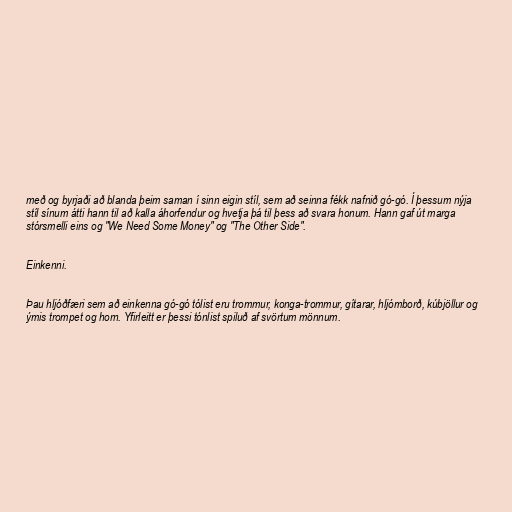
með og byrjaði að blanda þeim saman í sinn eigin stíl, sem að seinna fékk nafnið gó-gó. Í þessum nýja
stíl sínum átti hann til að kalla áhorfendur og hvetja þá til þess að svara honum. Hann gaf út marga
stórsmelli eins og "We Need Some Money" og "The Other Side".

Einkenni.

Þau hljóðfæri sem að einkenna gó-gó tólist eru trommur, konga-trommur, gítarar, hljómborð, kúbjöllur og
ýmis trompet og horn. Yfirleitt er þessi tónlist spiluð af svörtum mönnum.